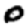
Digit: 0